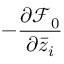
- \ensuremath { \frac { \partial { \mathcal F } _ { 0 } } { \partial \bar { z } _ { i } } }